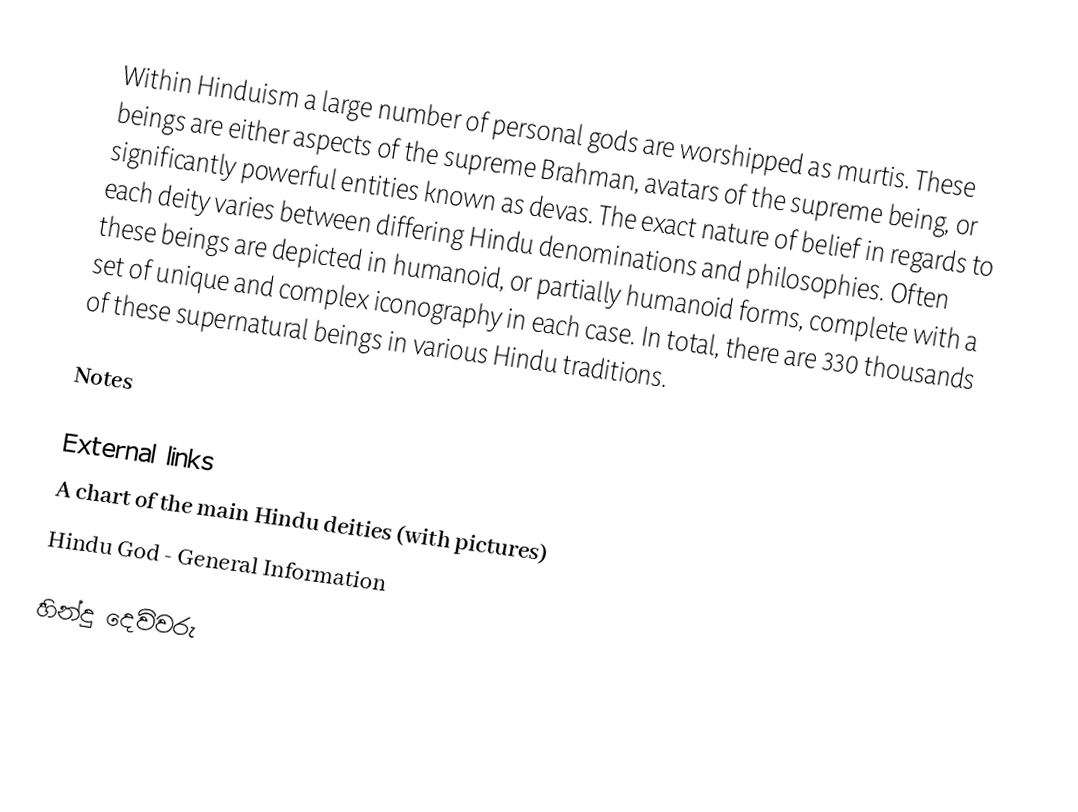
Within Hinduism a large number of personal gods are worshipped as murtis. These beings are either aspects of the supreme Brahman, avatars of the supreme being, or significantly powerful entities known as devas. The exact nature of belief in regards to each deity varies between differing Hindu denominations and philosophies. Often these beings are depicted in humanoid, or partially humanoid forms, complete with a set of unique and complex iconography in each case. In total, there are 330 thousands of these supernatural beings in various Hindu traditions.

Notes

External links
A chart of the main Hindu deities (with pictures)
Hindu God - General Information

හින්දු දෙවිවරු